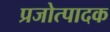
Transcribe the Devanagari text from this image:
प्रजोत्पादक